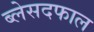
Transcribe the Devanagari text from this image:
ब्लेसदफाल